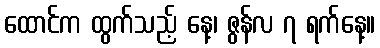
ထောင်က ထွက်သည့် နေ့၊ ဇွန်လ ၇ ရက်နေ့။